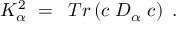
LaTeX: \; K _ { \alpha } ^ { 2 } \; = \; \; T r \left( c \; D _ { \alpha } \; c \right) \; .